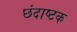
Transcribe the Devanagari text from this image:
छंदाष्टक